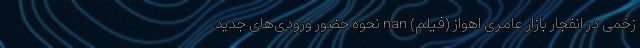
زخمی در انفجار بازار عامری اهواز (فیلم) nan نحوه حضور ورودی‌های جدید